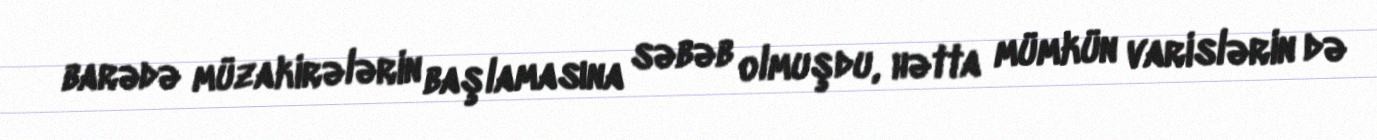
barədə müzakirələrin başlamasına səbəb olmuşdu, hətta mümkün varislərin də